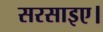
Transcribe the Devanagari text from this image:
सरसाइए।